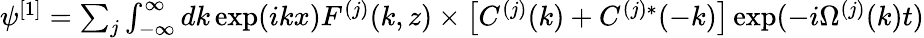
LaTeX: \begin{array}{r}{\psi^{[1]}=\sum_{j}\int_{-\infty}^{\infty}dk\exp(ikx)F^{(j)}(k,z)\times\left[C^{(j)}(k)+C^{(j)*}(-k)\right]\exp(-i\Omega^{(j)}(k)t)}\end{array}